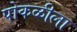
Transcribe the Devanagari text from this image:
पोकळीला